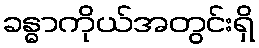
ခန္ဓာကိုယ်အတွင်းရှိ